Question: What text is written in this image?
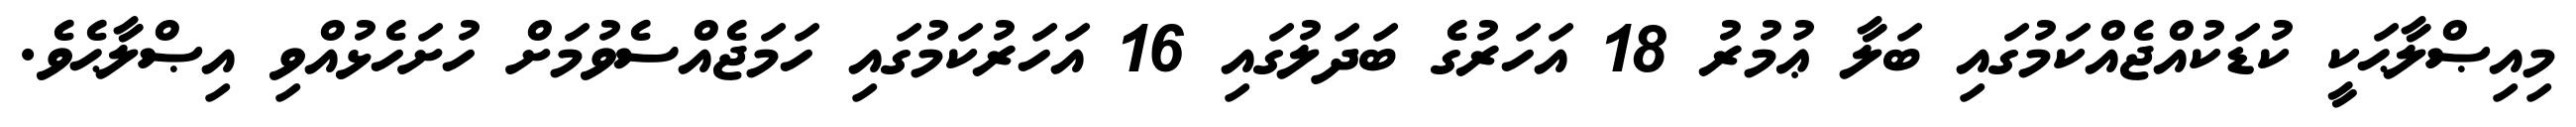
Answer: މިއިޞްލާޙަކީ ކުޑަކުއްޖެއްކަމުގައި ބަލާ ޢުމުރު 18 އަހަރުގެ ބަދަލުގައި 16 އަހަރުކަމުގައި ހަމަޖެއްސެވުމަށް ހުށަހެޅުއްވި އިޞްލާޙެވެ.